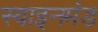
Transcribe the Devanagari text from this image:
स्वाइनमंड